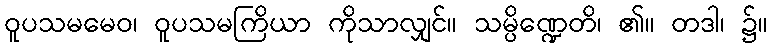
ဝူပသမမေဝ၊ ဝူပသမကြိယာ ကိုသာလျှင်။ သမ္ပိဏ္ဍေတိ၊ ၏။ တဒါ၊ ၌။